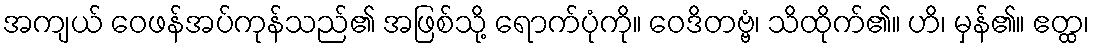
အကျယ် ဝေဖန်အပ်ကုန်သည်၏ အဖြစ်သို့ ရောက်ပုံကို။ ဝေဒိတဗ္ဗံ၊ သိထိုက်၏။ ဟိ၊ မှန်၏။ ဧတ္ထ၊